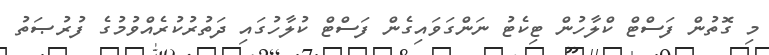
މި ގޮތުން ފަސްޓް ކްލާހުން ޓިކެޓު ނަންގަވައިގެން ފަސްޓް ކުލާހުގައި ދަތުރުކުރެއްވުމުގެ ފުރުޞަތު